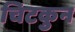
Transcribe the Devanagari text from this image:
चिटकुन